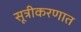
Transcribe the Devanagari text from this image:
सूत्रीकरणात